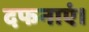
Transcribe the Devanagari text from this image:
दफनाएं।